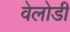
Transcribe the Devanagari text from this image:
वेलोडी